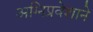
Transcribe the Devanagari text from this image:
अग्‍निप्रवेशाने